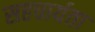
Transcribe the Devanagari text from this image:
सहचार्यता